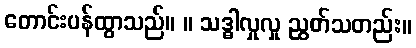
တောင်းပန်ထွာသည်။ ။ သဒ္ဓါလှုလှု ညွတ်သတည်း။